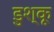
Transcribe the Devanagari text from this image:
डुश्कू